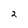
Character: 2